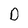
Character: O